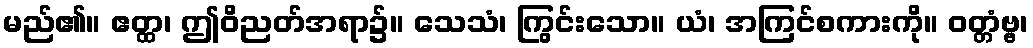
မည်၏။ ဧတ္ထ၊ ဤဝိညတ်အရာ၌။ သေသံ၊ ကြွင်းသော။ ယံ၊ အကြင်စကားကို။ ဝတ္တံဗ္ဗ၊